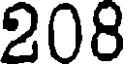
208